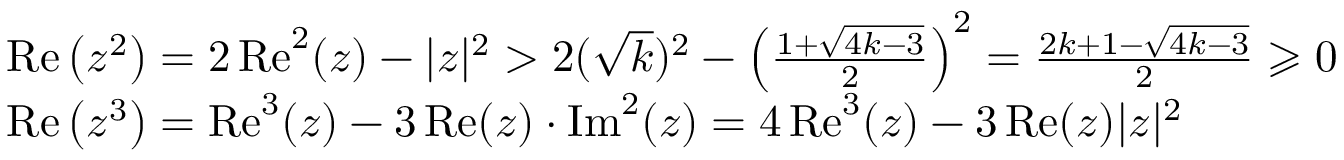
\begin{array} { r l } & { \operatorname { R e } \left( z ^ { 2 } \right) = 2 \operatorname { R e } ^ { 2 } ( z ) - | z | ^ { 2 } > 2 ( \sqrt { k } ) ^ { 2 } - \left( \frac { 1 + \sqrt { 4 k - 3 } } { 2 } \right) ^ { 2 } = \frac { 2 k + 1 - \sqrt { 4 k - 3 } } { 2 } \geqslant 0 } \\ & { \operatorname { R e } \left( z ^ { 3 } \right) = \operatorname { R e } ^ { 3 } ( z ) - 3 \operatorname { R e } ( z ) \cdot \operatorname { I m } ^ { 2 } ( z ) = 4 \operatorname { R e } ^ { 3 } ( z ) - 3 \operatorname { R e } ( z ) | z | ^ { 2 } } \end{array}